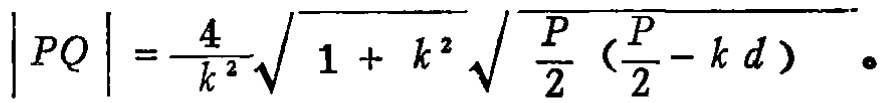
\(|PQ|=\frac{4}{k^{2}}\sqrt{1 + k^{2}}\sqrt{\frac{P}{2}(\frac{P}{2}-kd)} 。\)